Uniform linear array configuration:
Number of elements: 48
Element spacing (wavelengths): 0.5
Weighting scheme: blackman
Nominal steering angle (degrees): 30
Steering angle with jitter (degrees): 30.909
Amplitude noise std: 0.05
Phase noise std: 0.05

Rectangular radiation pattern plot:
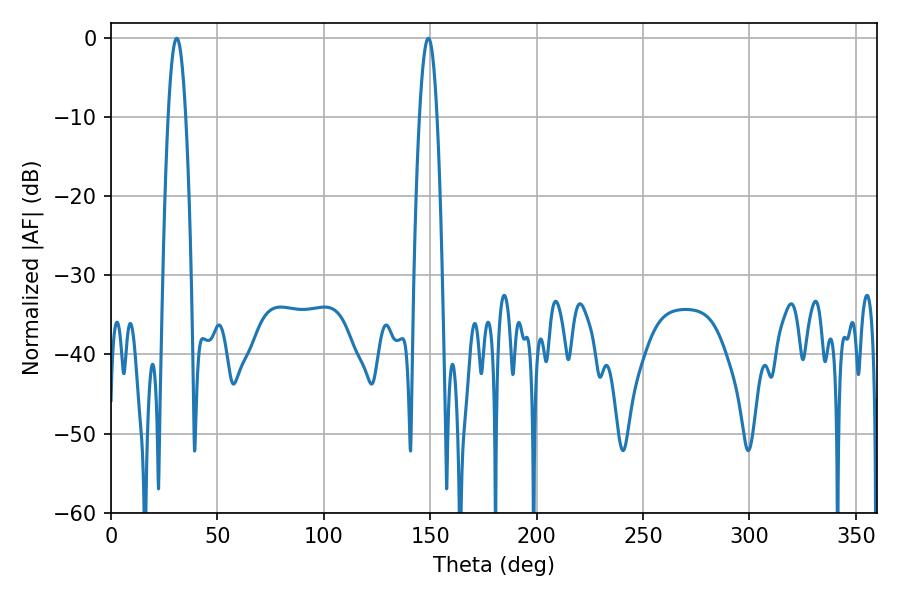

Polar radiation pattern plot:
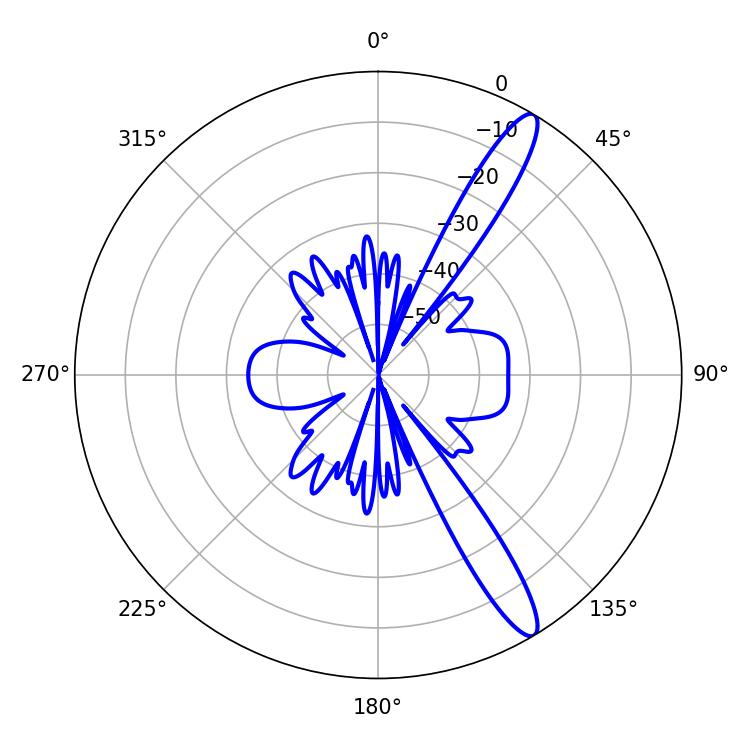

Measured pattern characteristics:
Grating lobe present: FALSE
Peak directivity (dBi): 13.56
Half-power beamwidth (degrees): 4.5
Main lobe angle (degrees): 149.04